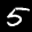
Label: 5